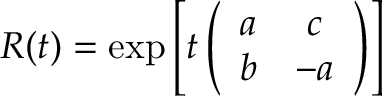
{ \cal R } ( t ) = { \exp } \left[ { \displaystyle t } \left( \begin{array} { c c } { { a } } & { { c } } \\ { { b } } & { { - a } } \end{array} \right) \right]